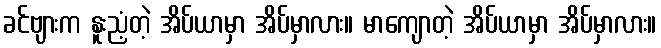
ခင်ဗျားက နူးညံ့တဲ့ အိပ်ယာမှာ အိပ်မှာလား။ မာကျောတဲ့ အိပ်ယာမှာ အိပ်မှာလား။